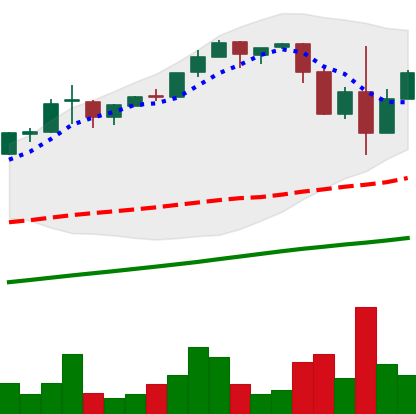
Ticker: BTC-USD
Chart end date: 2017-03-12
Forward return: -9.919%
Label: down_7plus